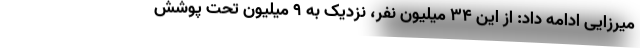
میرزایی ادامه داد: از این ۳۴ میلیون نفر، نزدیک به ۹ میلیون تحت پوشش